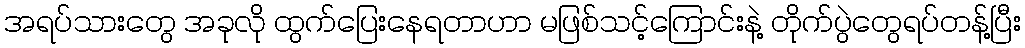
အရပ်သားတွေ အခုလို ထွက်ပြေးနေရတာဟာ မဖြစ်သင့်ကြောင်းနဲ့ တိုက်ပွဲတွေရပ်တန့်ပြီး